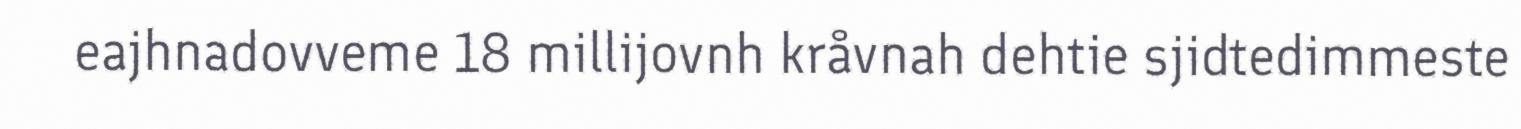
eajhnadovveme 18 millijovnh kråvnah dehtie sjidtedimmeste